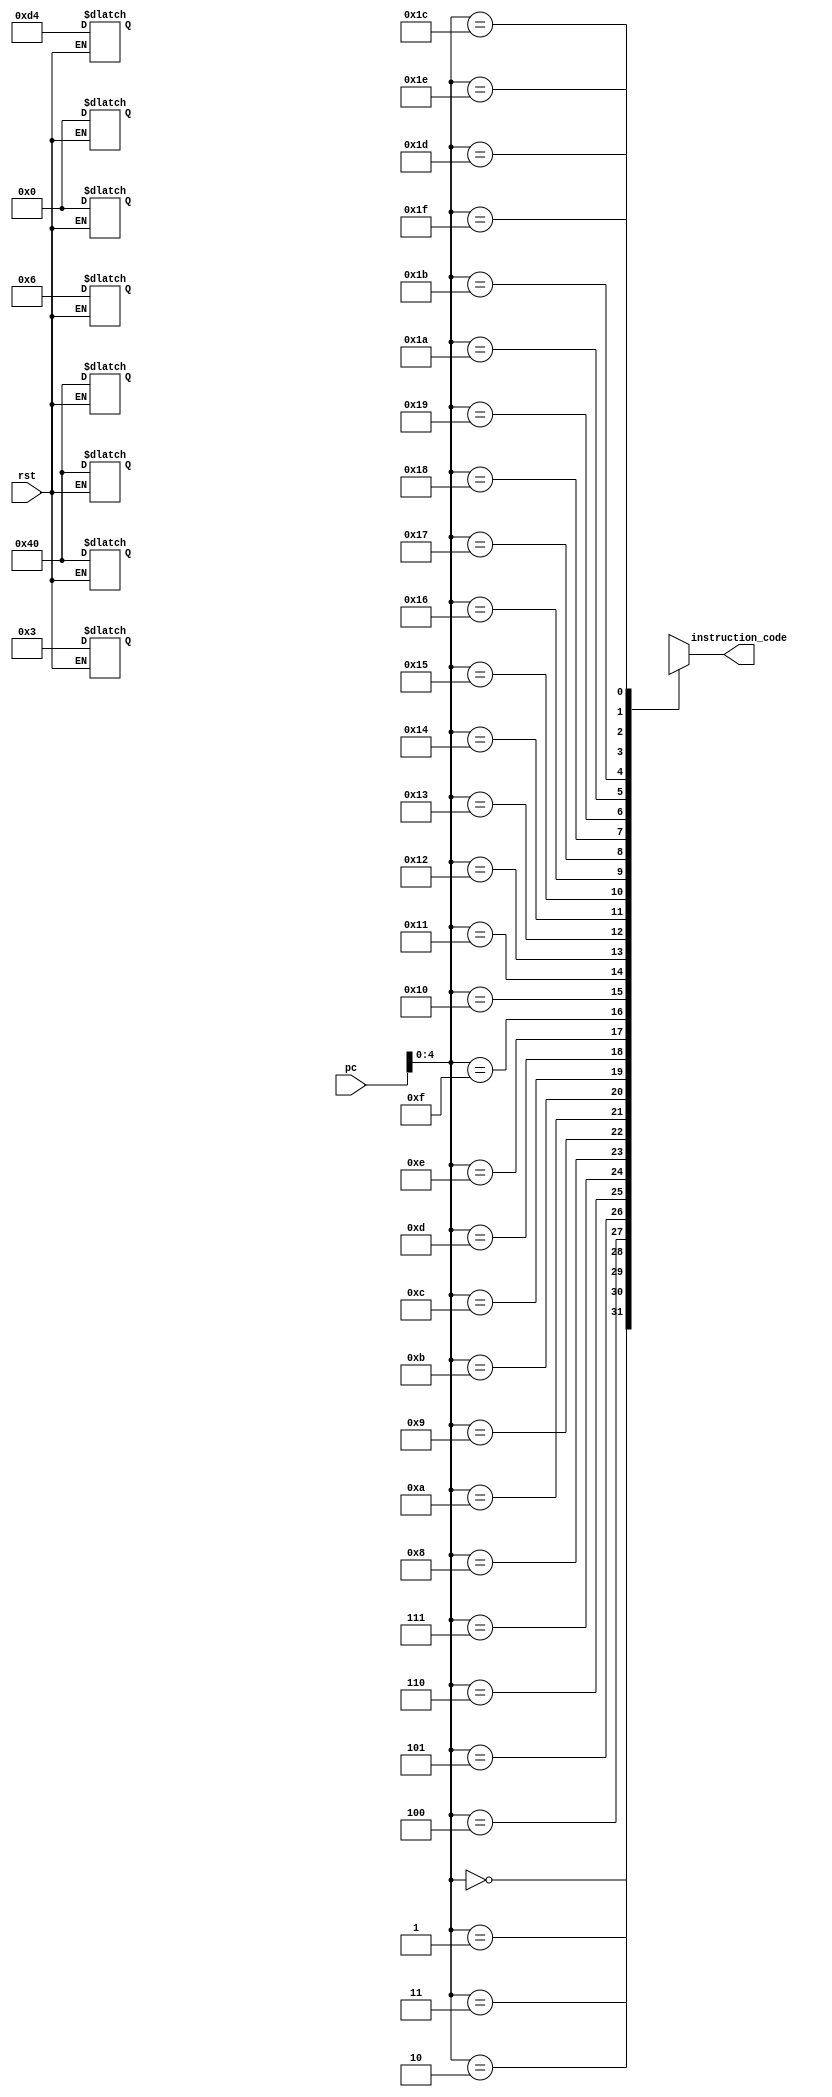
`timescale 1ns / 1ps
//////////////////////////////////////////////////////////////////////////////////
// Company: 
// Engineer: 
// 
// Design Name: 
// Module Name:    instruction_memory 
// Project Name: 
// Target Devices: 
// Tool versions: 
// Description: 
//
// Dependencies: 
//
// Revision: 
// Revision 0.01 - File Created
// Additional Comments: 
//
//////////////////////////////////////////////////////////////////////////////////
module instruction_memory(
    input rst,
    input [7:0] pc,
    output [7:0] instruction_code
    );
	 
	 reg [7:0] Mem [31:0];
	 
	always@(rst)
		begin
			if(rst == 1)
			begin
				Mem[0] <= 8'b00000011;
				Mem[4] <= 8'b01000000;
				Mem[8] <= 8'b01000000;
				Mem[12] <= 8'b11010100;
				Mem[16] <= 8'b00000110;
				Mem[20] <= 8'b01000000;
				Mem[24] <= 8'b00000000;
				Mem[28] <= 8'b00000000;
			end
		end 
		
		assign instruction_code = {Mem[pc]};


endmodule